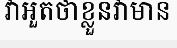
វាអួតថាខ្លួនវាមាន